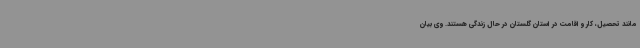
مانند تحصیل، کار و اقامت در استان گلستان در حال زندگی هستند. وی بیان